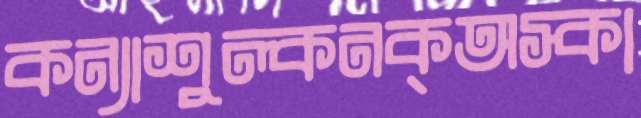
কন্যাশুল্কনক্অস্কা